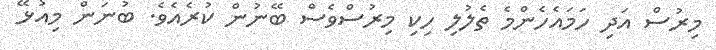
މިރުސް އަދި ހަމައެހެންމެ ތެލުލި ހިކި މިރުސްވެސް ބޭނުން ކުރެއެވެ. ބުނަން މިއުޅޭ